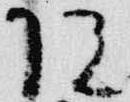
院